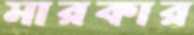
মারকার